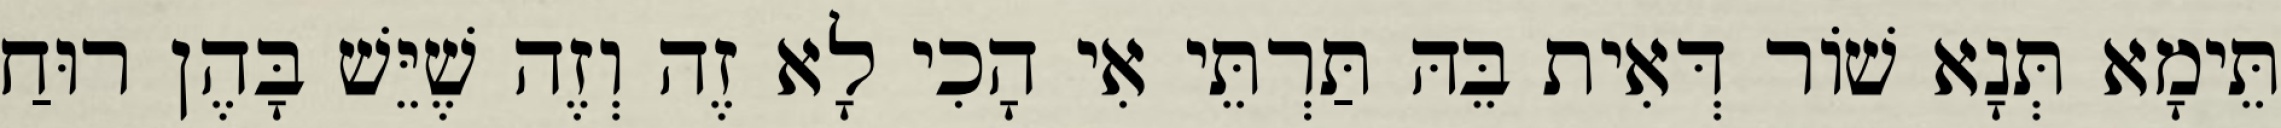
תֵּימָא תְּנָא שׁוֹר דְּאִית בֵּהּ תַּרְתֵּי אִי הָכִי לָא זֶה וְזֶה שֶׁיֵּשׁ בָּהֶן רוּחַ